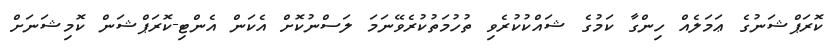
ކޮރަޕްޝަނުގެ ޢަމަލެއް ހިންގާ ކަމުގެ ޝައްކުކުރެވި ތުހުމަތުކުރެވޭނަމަ ލަސްނުކޮށް އެކަން އެންޓި-ކޮރަޕްޝަން ކޮމިޝަނަށް